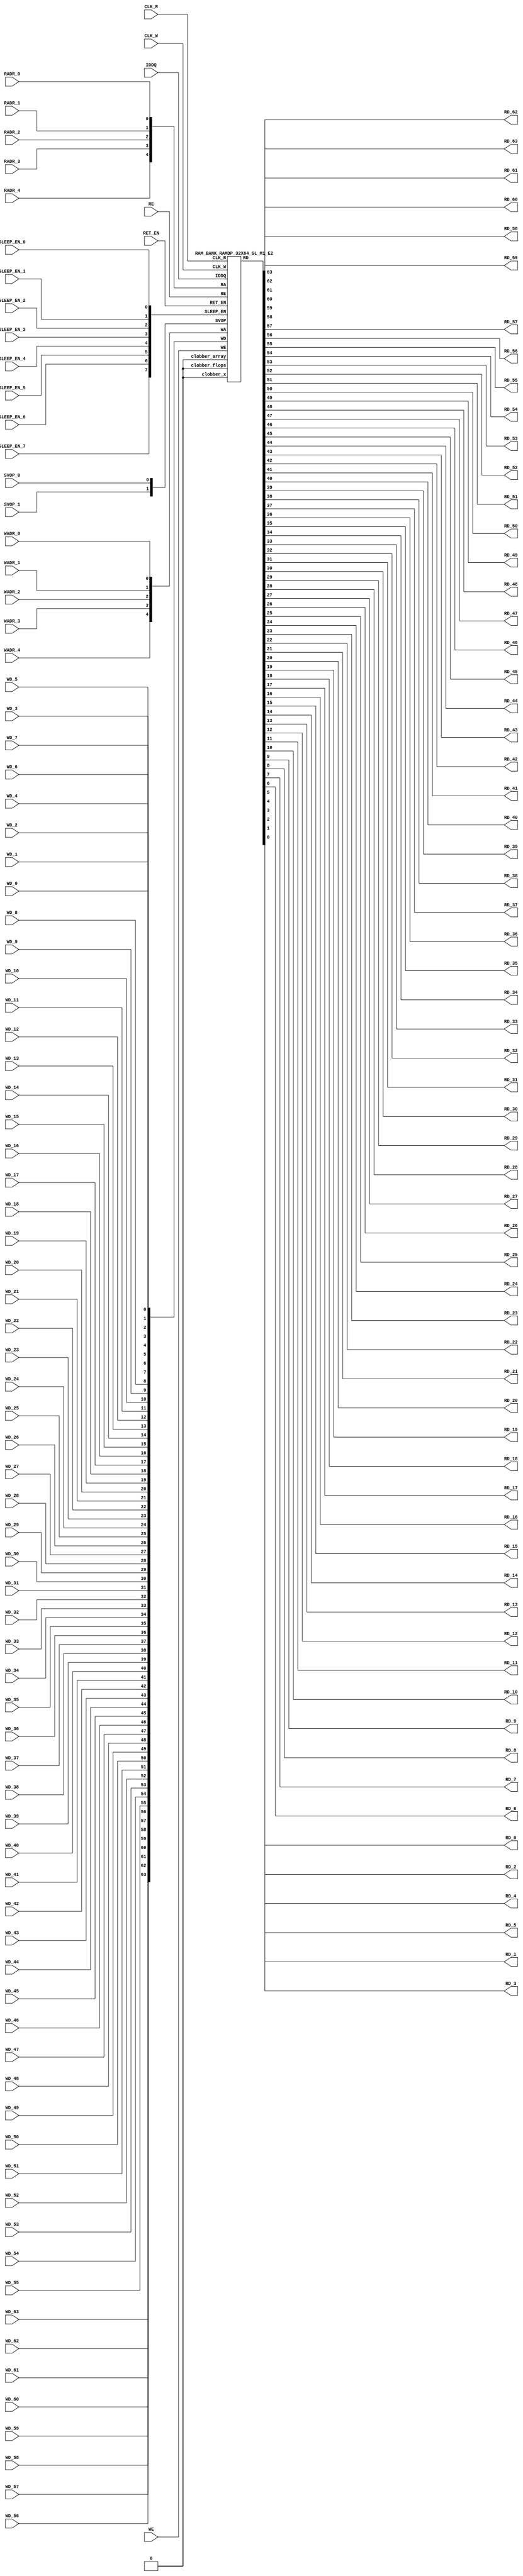
//RAM             : RAMDP_32X64_GL_M1_E2
//Technology      : TSMC16FFLR
//Compiler version: FINAL.1 - 2017-05-23.14:46:11

`timescale 10ps/1ps

`celldefine
module RAMDP_32X64_GL_M1_E2 (CLK_R, CLK_W, RE, WE
	, RADR_4, RADR_3, RADR_2, RADR_1, RADR_0
    , WADR_4, WADR_3, WADR_2, WADR_1, WADR_0
	, WD_63, WD_62, WD_61, WD_60, WD_59, WD_58, WD_57, WD_56, WD_55, WD_54, WD_53, WD_52, WD_51, WD_50, WD_49, WD_48, WD_47, WD_46, WD_45, WD_44, WD_43, WD_42, WD_41, WD_40, WD_39, WD_38, WD_37, WD_36, WD_35, WD_34, WD_33, WD_32, WD_31, WD_30, WD_29, WD_28, WD_27, WD_26, WD_25, WD_24, WD_23, WD_22, WD_21, WD_20, WD_19, WD_18, WD_17, WD_16, WD_15, WD_14, WD_13, WD_12, WD_11, WD_10, WD_9, WD_8, WD_7, WD_6, WD_5, WD_4, WD_3, WD_2, WD_1, WD_0
	, RD_63, RD_62, RD_61, RD_60, RD_59, RD_58, RD_57, RD_56, RD_55, RD_54, RD_53, RD_52, RD_51, RD_50, RD_49, RD_48, RD_47, RD_46, RD_45, RD_44, RD_43, RD_42, RD_41, RD_40, RD_39, RD_38, RD_37, RD_36, RD_35, RD_34, RD_33, RD_32, RD_31, RD_30, RD_29, RD_28, RD_27, RD_26, RD_25, RD_24, RD_23, RD_22, RD_21, RD_20, RD_19, RD_18, RD_17, RD_16, RD_15, RD_14, RD_13, RD_12, RD_11, RD_10, RD_9, RD_8, RD_7, RD_6, RD_5, RD_4, RD_3, RD_2, RD_1, RD_0
    
    , IDDQ
	, SVOP_1, SVOP_0
    , SLEEP_EN_7, SLEEP_EN_6, SLEEP_EN_5, SLEEP_EN_4, SLEEP_EN_3, SLEEP_EN_2, SLEEP_EN_1, SLEEP_EN_0, RET_EN
    
);

// nvProps NoBus SLEEP_EN_

`ifndef RAM_INTERFACE
`ifndef EMULATION
`ifndef SYNTHESIS
// Physical ram size defined as localparam
localparam phy_rows = 32;
localparam phy_cols = 64;
localparam phy_rcols_pos = 64'b0;
`endif //ndef SYNTHESIS
`endif //EMULATION
`endif //ndef RAM_INTERFACE

input CLK_R, CLK_W, RE, WE
	, RADR_4, RADR_3, RADR_2, RADR_1, RADR_0
    , WADR_4, WADR_3, WADR_2, WADR_1, WADR_0
	, WD_63, WD_62, WD_61, WD_60, WD_59, WD_58, WD_57, WD_56, WD_55, WD_54, WD_53, WD_52, WD_51, WD_50, WD_49, WD_48, WD_47, WD_46, WD_45, WD_44, WD_43, WD_42, WD_41, WD_40, WD_39, WD_38, WD_37, WD_36, WD_35, WD_34, WD_33, WD_32, WD_31, WD_30, WD_29, WD_28, WD_27, WD_26, WD_25, WD_24, WD_23, WD_22, WD_21, WD_20, WD_19, WD_18, WD_17, WD_16, WD_15, WD_14, WD_13, WD_12, WD_11, WD_10, WD_9, WD_8, WD_7, WD_6, WD_5, WD_4, WD_3, WD_2, WD_1, WD_0
    
    , SLEEP_EN_7, SLEEP_EN_6, SLEEP_EN_5, SLEEP_EN_4, SLEEP_EN_3, SLEEP_EN_2, SLEEP_EN_1, SLEEP_EN_0, RET_EN
    , IDDQ
    
	, SVOP_1, SVOP_0;
output RD_63, RD_62, RD_61, RD_60, RD_59, RD_58, RD_57, RD_56, RD_55, RD_54, RD_53, RD_52, RD_51, RD_50, RD_49, RD_48, RD_47, RD_46, RD_45, RD_44, RD_43, RD_42, RD_41, RD_40, RD_39, RD_38, RD_37, RD_36, RD_35, RD_34, RD_33, RD_32, RD_31, RD_30, RD_29, RD_28, RD_27, RD_26, RD_25, RD_24, RD_23, RD_22, RD_21, RD_20, RD_19, RD_18, RD_17, RD_16, RD_15, RD_14, RD_13, RD_12, RD_11, RD_10, RD_9, RD_8, RD_7, RD_6, RD_5, RD_4, RD_3, RD_2, RD_1, RD_0;

	
`ifndef RAM_INTERFACE
	//assemble & rename wires
	wire [4:0] RA = {RADR_4, RADR_3, RADR_2, RADR_1, RADR_0};
	wire [4:0] WA = {WADR_4, WADR_3, WADR_2, WADR_1, WADR_0};
	wire [63:0] WD = {WD_63, WD_62, WD_61, WD_60, WD_59, WD_58, WD_57, WD_56, WD_55, WD_54, WD_53, WD_52, WD_51, WD_50, WD_49, WD_48, WD_47, WD_46, WD_45, WD_44, WD_43, WD_42, WD_41, WD_40, WD_39, WD_38, WD_37, WD_36, WD_35, WD_34, WD_33, WD_32, WD_31, WD_30, WD_29, WD_28, WD_27, WD_26, WD_25, WD_24, WD_23, WD_22, WD_21, WD_20, WD_19, WD_18, WD_17, WD_16, WD_15, WD_14, WD_13, WD_12, WD_11, WD_10, WD_9, WD_8, WD_7, WD_6, WD_5, WD_4, WD_3, WD_2, WD_1, WD_0};

	wire [63:0] RD;
	assign {RD_63, RD_62, RD_61, RD_60, RD_59, RD_58, RD_57, RD_56, RD_55, RD_54, RD_53, RD_52, RD_51, RD_50, RD_49, RD_48, RD_47, RD_46, RD_45, RD_44, RD_43, RD_42, RD_41, RD_40, RD_39, RD_38, RD_37, RD_36, RD_35, RD_34, RD_33, RD_32, RD_31, RD_30, RD_29, RD_28, RD_27, RD_26, RD_25, RD_24, RD_23, RD_22, RD_21, RD_20, RD_19, RD_18, RD_17, RD_16, RD_15, RD_14, RD_13, RD_12, RD_11, RD_10, RD_9, RD_8, RD_7, RD_6, RD_5, RD_4, RD_3, RD_2, RD_1, RD_0} = RD;
	wire [1:0] SVOP = {SVOP_1, SVOP_0};
    wire [7:0] SLEEP_EN = {SLEEP_EN_7, SLEEP_EN_6, SLEEP_EN_5, SLEEP_EN_4, SLEEP_EN_3, SLEEP_EN_2, SLEEP_EN_1, SLEEP_EN_0};
    

`ifndef EMULATION
`ifndef SYNTHESIS

    //State point clobering signals:
    wire check_x = (SVOP_0 ^ SVOP_1);
    wire clobber_x;
    assign clobber_x = ((check_x === 1'bx) || (check_x === 1'bz)) ? 1'b1 : 1'b0;
    wire clobber_array = ((|SLEEP_EN) & ~RET_EN) | clobber_x;
    wire clobber_flops = (|SLEEP_EN) | clobber_x;
    integer i;
    always  @(clobber_array) begin
      if (clobber_array) begin
    		for (i=0; i<32; i=i+1) begin
    		    ITOP.io.array[i] <= 64'bx;
    		end
      end
    end

//VCS coverage off     
    always  @(clobber_flops) begin
        if (clobber_flops) begin
        ITOP.we_lat <= 1'bx;
        ITOP.wa_lat <= 5'bx;
        ITOP.wd_lat <= 64'bx;
        
        ITOP.re_lat <= 1'bx;
        ITOP.ra_lat <= 5'bx;
        ITOP.io.r0_dout_tmp <= 64'b0;
        end
    end
//VCS coverage on    

//VCS coverage off
`ifdef NV_RAM_ASSERT
    //first reset signal for nv_assert_module:
    reg sim_reset;                                                     
    initial begin: init_sim_reset
        sim_reset = 0;  
        #6 sim_reset = 1;
    end

    reg rst_clk;                                                     
    initial begin: init_rst_clk
        rst_clk = 0; 
        #2 rst_clk = 1; 
        #4 rst_clk = 0;  
    end

    //internal weclk|reclk gating signal:
    wire weclk_gating = ITOP.we_lat & ~IDDQ;
    wire reclk_gating = ITOP.re_lat & ~IDDQ;

  //Assertion checks for power sequence of G-option RAMDP:

    //weclk_gating after 2 clk
    reg weclk_gating_1p, weclk_gating_2p;
    always @(posedge CLK_W) begin
        weclk_gating_1p <= weclk_gating;
        weclk_gating_2p <= weclk_gating_1p;
    end

    //reclk_gating after 2 clk
    reg reclk_gating_1p, reclk_gating_2p;
    always @(posedge CLK_R) begin
        reclk_gating_1p <= reclk_gating;
        reclk_gating_2p <= reclk_gating_1p;
    end
    
    //RET_EN off after 2 CLK_W
    reg ret_en_w_1p, ret_en_w_2p;
    always @(posedge CLK_W or posedge RET_EN) begin
        if(RET_EN) 
            begin
                ret_en_w_1p <= 1'b1;
                ret_en_w_2p <= 1'b1;
            end
        else
            begin
                ret_en_w_1p <= RET_EN;
                ret_en_w_2p <= ret_en_w_1p;
            end
    end

    //RET_EN off after 2 CLK_R
    reg ret_en_r_1p, ret_en_r_2p;
    always @(posedge CLK_R or posedge RET_EN) begin
        if(RET_EN) 
            begin
                ret_en_r_1p <= 1'b1;
                ret_en_r_2p <= 1'b1;
            end
        else
            begin
                ret_en_r_1p <= RET_EN;
                ret_en_r_2p <= ret_en_r_1p;
            end
    end

    wire sleep_en_or = (|SLEEP_EN) ;
    //SLEEP_EN off after 2 CLK_W
    reg sleep_en_off_w_1p, sleep_en_off_w_2p;
    always @(posedge CLK_W or posedge sleep_en_or) begin
        if(sleep_en_or)
            begin
                sleep_en_off_w_1p <= 1'b1;
                sleep_en_off_w_2p <= 1'b1;
            end
        else
            begin
                sleep_en_off_w_1p <= sleep_en_or;
                sleep_en_off_w_2p <= sleep_en_off_w_1p;
            end            
    end

    //SLEEP_EN off after 2 CLK_R
    reg sleep_en_off_r_1p, sleep_en_off_r_2p;
    always @(posedge CLK_R or posedge sleep_en_or) begin
        if(sleep_en_or)
            begin
                sleep_en_off_r_1p <= 1'b1;
                sleep_en_off_r_2p <= 1'b1;
            end
        else
            begin
                sleep_en_off_r_1p <= |sleep_en_or;
                sleep_en_off_r_2p <= sleep_en_off_r_1p;
            end            
    end    


  //#1 From function mode to retention mode:
    
    //Power-S1.1:illegal assert RET_EN after asserting SLEEP_EN 
    wire disable_power_assertion_S1P1 = $test$plusargs("disable_power_assertions_globally") | $test$plusargs("disable_power_assertion_assert_RET_EN_after_SLEEP_EN_on_when_function2retention");
    nv_assert_never #(0,0, "Power-S1.1:illegal assert RET_EN after asserting SLEEP_EN") inst_S1P1 (RET_EN ^ rst_clk, ~disable_power_assertion_S1P1 & sim_reset, (|SLEEP_EN));

    //Power-S1.2:illegal assert RET_EN without 2 nop-CLK
    wire disable_power_assertion_S1P2 = $test$plusargs("disable_power_assertions_globally") | $test$plusargs("disable_power_assertion_assert_RET_EN_without_2_nop_CLK");
    nv_assert_never #(0,0, "Power-S1.2:illegal assert RET_EN without 2 nop-CLK") inst_S1P2 (RET_EN ^ rst_clk, ~disable_power_assertion_S1P2 & sim_reset, weclk_gating | weclk_gating_1p | weclk_gating_2p | reclk_gating | reclk_gating_1p | reclk_gating_2p);

  //#2 From retention mode to function mode:

    //Power-S2.1:illegal write without 2 nop-CLK after de-asserting RET_EN
    wire disable_power_assertion_S2P1 = $test$plusargs("disable_power_assertions_globally") | $test$plusargs("disable_power_assertion_write_without_2_nop_CLK_after_retention2function");
    nv_assert_never #(0,0, "Power-S2.1:illegal write without 2 nop-CLK after de-asserting RET_EN") inst_S2P1 (CLK_W ^ rst_clk, ~disable_power_assertion_S2P1 & sim_reset, ~RET_EN & ret_en_w_2p & weclk_gating);

    //Power-S2.2:illegal read without 2 nop-CLK after de-asserting RET_EN
    wire disable_power_assertion_S2P2 = $test$plusargs("disable_power_assertions_globally") | $test$plusargs("disable_power_assertion_read_without_2_nop_CLK_after_retention2function");
    nv_assert_never #(0,0, "Power-S2.2:illegal read without 2 nop-CLK after de-asserting RET_EN") inst_S2P2 (CLK_R ^ rst_clk, ~disable_power_assertion_S2P2 & sim_reset, ~RET_EN & ret_en_r_2p & reclk_gating);

  //#3 From function mode to sleep mode:

    //Power-S3.2:illegal assert SLEEP_EN without 2 nop-CLK
    wire disable_power_assertion_S3P2 = $test$plusargs("disable_power_assertions_globally") | $test$plusargs("disable_power_assertion_assert_SLEEP_EN_without_2_nop_CLK");
    nv_assert_never #(0,0, "Power-S3.2:illegal assert SLEEP_EN without 2 nop-CLK") inst_S3P2 ((|SLEEP_EN) ^ rst_clk, ~disable_power_assertion_S3P2 & sim_reset, weclk_gating | weclk_gating_1p | weclk_gating_2p | reclk_gating | reclk_gating_1p | reclk_gating_2p);

  //#4 From sleep mode to function mode:

    //Power-S4.1:illegal write without 2 nop-CLK after switching from sleep mode to function mode
    wire disable_power_assertion_S4P1 = $test$plusargs("disable_power_assertions_globally") | $test$plusargs("disable_power_assertion_write_without_2_nop_CLK_after_sleep2function");
    nv_assert_never #(0,0, "Power-S4.1:illegal write without 2 nop-CLK after switching from sleep mode to function mode") inst_S4P1 (CLK_W ^ rst_clk, ~disable_power_assertion_S4P1 & sim_reset, ~(|SLEEP_EN) & sleep_en_off_w_2p & weclk_gating);
   
    //Power-S4.2:illegal read without 2 nop-CLK after switching from sleep mode to function mode
    wire disable_power_assertion_S4P2 = $test$plusargs("disable_power_assertions_globally") | $test$plusargs("disable_power_assertion_read_without_2_nop_after_sleep2function");
    nv_assert_never #(0,0, "Power-S4.2:illegal read without 2 nop-CLK after switching from sleep mode to function mode") inst_S4P2 (CLK_R ^ rst_clk, ~disable_power_assertion_S4P2 & sim_reset, ~(|SLEEP_EN) & sleep_en_off_r_2p & reclk_gating);
`endif //NV_RAM_ASSERT
//VCS coverage on 

`ifdef NV_RAM_EXPAND_ARRAY
  wire [64-1:0] Q_31 = ITOP.io.array[31];
  wire [64-1:0] Q_30 = ITOP.io.array[30];
  wire [64-1:0] Q_29 = ITOP.io.array[29];
  wire [64-1:0] Q_28 = ITOP.io.array[28];
  wire [64-1:0] Q_27 = ITOP.io.array[27];
  wire [64-1:0] Q_26 = ITOP.io.array[26];
  wire [64-1:0] Q_25 = ITOP.io.array[25];
  wire [64-1:0] Q_24 = ITOP.io.array[24];
  wire [64-1:0] Q_23 = ITOP.io.array[23];
  wire [64-1:0] Q_22 = ITOP.io.array[22];
  wire [64-1:0] Q_21 = ITOP.io.array[21];
  wire [64-1:0] Q_20 = ITOP.io.array[20];
  wire [64-1:0] Q_19 = ITOP.io.array[19];
  wire [64-1:0] Q_18 = ITOP.io.array[18];
  wire [64-1:0] Q_17 = ITOP.io.array[17];
  wire [64-1:0] Q_16 = ITOP.io.array[16];
  wire [64-1:0] Q_15 = ITOP.io.array[15];
  wire [64-1:0] Q_14 = ITOP.io.array[14];
  wire [64-1:0] Q_13 = ITOP.io.array[13];
  wire [64-1:0] Q_12 = ITOP.io.array[12];
  wire [64-1:0] Q_11 = ITOP.io.array[11];
  wire [64-1:0] Q_10 = ITOP.io.array[10];
  wire [64-1:0] Q_9 = ITOP.io.array[9];
  wire [64-1:0] Q_8 = ITOP.io.array[8];
  wire [64-1:0] Q_7 = ITOP.io.array[7];
  wire [64-1:0] Q_6 = ITOP.io.array[6];
  wire [64-1:0] Q_5 = ITOP.io.array[5];
  wire [64-1:0] Q_4 = ITOP.io.array[4];
  wire [64-1:0] Q_3 = ITOP.io.array[3];
  wire [64-1:0] Q_2 = ITOP.io.array[2];
  wire [64-1:0] Q_1 = ITOP.io.array[1];
  wire [64-1:0] Q_0 = ITOP.io.array[0];

`endif //def NV_RAM_EXPAND_ARRAY

//VCS coverage off
`ifdef MONITOR
task monitor_on;
    begin
        ITOP.io.monitor_on = 1'b1;
    end
endtask

task monitor_off;
    begin
        ITOP.io.monitor_on = 1'b0;
        ITOP.io.dump_monitor_result = 1'b1;
    end
endtask
`endif//def MONITOR
//VCS coverage on

//VCS coverage off
task mem_fill_value;
input fill_bit;
integer i;
begin
    for (i=0; i<32; i=i+1) begin
    	ITOP.io.array[i] = {64{fill_bit}};
    end
end
endtask 

task mem_fill_random; 
integer i;
integer j;
reg [63:0] val;
begin
    for (j=0; j<32; j=j+1) begin
        for (i=0; i<64; i=i+1) begin
            val[i] = {$random}; 
        end
	    ITOP.io.array[j] = val;
    end
end
endtask

task mem_write;
  input [4:0] addr;
  input [63:0] data;
  begin
     ITOP.io.mem_wr_raw(addr,data);
  end
endtask

function [63:0] mem_read;
  input [4:0] addr;
  begin
	mem_read = ITOP.io.mem_read_raw(addr);
  end
endfunction

task force_rd;
  input [4:0] addr;
  begin
	ITOP.io.r0_dout_tmp = ITOP.io.array[addr];
  end
endtask

`ifdef MEM_PHYS_INFO
task mem_phys_write;
  input [4:0] addr;
  input [63:0] data;
  begin
     ITOP.io.mem_wr_raw(addr,data);
  end
endtask

function [63:0] mem_phys_read_padr;
  input [4:0] addr;
  begin
	mem_phys_read_padr = ITOP.io.mem_read_raw(addr);
  end
endfunction

function [4:0] mem_log_to_phys_adr;
    input [4:0] addr;
    begin
    mem_log_to_phys_adr = addr;
    end
endfunction

function [63:0] mem_phys_read_pmasked;
  input [4:0] addr;
  begin
	mem_phys_read_pmasked = ITOP.io.mem_read_raw(addr);
  end
endfunction

function [63:0] mem_phys_read_ladr;
  input [4:0] addr;
  begin
	mem_phys_read_ladr = mem_phys_read_padr(mem_log_to_phys_adr(addr));
  end
endfunction
`endif //def MEM_PHYS_INFO

`ifdef FAULT_INJECTION
task mem_fault_no_write;
  input [63:0] fault_mask;
   begin
    ITOP.io.mem_fault_no_write(fault_mask);
  end
endtask

task mem_fault_stuck_0;
  input [63:0] fault_mask;
  integer i;
   begin
    ITOP.io.mem_fault_stuck_0(fault_mask);
   end
endtask

task mem_fault_stuck_1;
  input [63:0] fault_mask;
  integer i;
   begin
    ITOP.io.mem_fault_stuck_1(fault_mask);
  end
endtask

task set_bit_fault_stuck_0;
  input r;
  input c;
  integer r;
  integer c;
    ITOP.io.set_bit_fault_stuck_0(r,c);
endtask

task set_bit_fault_stuck_1;
  input r;
  input c;
  integer r;
  integer c;
    ITOP.io.set_bit_fault_stuck_1(r,c);
endtask

task clear_bit_fault_stuck_0;
  input r;
  input c;
  integer r;
  integer c;
    ITOP.io.clear_bit_fault_stuck_0(r,c);
endtask

task clear_bit_fault_stuck_1;
  input r;
  input c;
  integer r;
  integer c;
    ITOP.io.clear_bit_fault_stuck_1(r,c);
endtask
//VCS coverage on

`endif //def FAULT_INJECTION
`else //def SYNTHESIS
    
    wire clobber_x;
    assign clobber_x = 1'b0;
    wire clobber_array = 1'b0;
    wire clobber_flops = 1'b0;

`endif //ndef SYNTHESIS

	//instantiate memory bank
	RAM_BANK_RAMDP_32X64_GL_M1_E2 ITOP (
		.RE(RE), 
		.WE(WE), 
		.RA(RA),  
		.WA(WA), 
		.CLK_R(CLK_R), 
		.CLK_W(CLK_W), 
		.IDDQ(IDDQ), 
		.SVOP(SVOP), 
		.WD(WD), 
		.RD(RD),
		
		.SLEEP_EN(SLEEP_EN),
        .RET_EN(RET_EN),
        .clobber_flops(clobber_flops), 
        .clobber_array(clobber_array),
        .clobber_x(clobber_x)     	
	);

//VCS coverage off
`else //def EMULATION
    // Simple emulation model without MBIST, SCAN or REDUNDANCY
    	//common part for write
    	reg we_ff;
        reg [4:0] wa_ff;
        reg [63:0] wd_ff; 
    	always @(posedge CLK_W) begin // spyglass disable W391
                we_ff  <= WE;
                wa_ff <= WA;
                wd_ff <= WD;
    	end
    	   
        

    	//common part for read
    	reg re_lat;
        always @(*) begin
    		if (!CLK_R) begin
                re_lat  <= RE; // spyglass disable W18
    		end
    	end
    	
    	wire reclk = CLK_R & re_lat;
    
    	reg [4:0] ra_ff;
    	always @(posedge CLK_R) begin // spyglass disable W391
    			ra_ff <= RA;
    	end

        reg [63:0] dout; 

        assign RD = dout;
    
 	    //memory array       
	    reg [63:0] array[0:31]; 
	    always @(negedge CLK_W ) begin
            if (we_ff) begin
	    		array[wa_ff] <= wd_ff; // spyglass disable SYNTH_5130
            end
	    end
	    always @(*) begin
	    	if (reclk) begin
	    		dout <= array[ra_ff]; // spyglass disable SYNTH_5130, W18
	    	end
	    end
    // End of the simple emulation model
`endif //def EMULATION
//VCS coverage on

`endif //ndef RAM_INTERFACE
endmodule
`endcelldefine






/////////////////////////////////////////////////////////////////////////////////////////////////////////////////////////////////
/////////////////////////////// memory bank block : defines internal logic of the RAMDP /////////////////////////////////////////
/////////////////////////////////////////////////////////////////////////////////////////////////////////////////////////////////

`ifndef RAM_INTERFACE
`ifndef EMULATION
module RAM_BANK_RAMDP_32X64_GL_M1_E2 (RE, WE, RA, WA, CLK_R, CLK_W, IDDQ, SVOP, WD, RD, SLEEP_EN, RET_EN, clobber_flops, clobber_array, clobber_x
);


input RET_EN;
input RE, WE, CLK_R, CLK_W, IDDQ;
input [4:0] RA, WA;
input [63:0] WD;
input [1:0] SVOP;
input [7:0] SLEEP_EN;
input clobber_flops, clobber_array, clobber_x;
output [63:0] RD;

//State point clobering signals:

    wire output_valid = ~(clobber_x | (|SLEEP_EN));
    wire clamp_o = SLEEP_EN[7] | RET_EN;

	//common part for write
    wire clk_w_iddq = CLK_W & ~IDDQ & ~clamp_o;
	reg we_lat;
	always @(*) begin
		if (!clk_w_iddq & !clobber_flops) begin
			we_lat  <=  WE; // spyglass disable W18, IntClock
		end
	end

    // weclk with posedge 1 dly | negedge 2 dly	
    wire weclk, weclk_d0, weclk_d1, weclk_d2;
    assign weclk_d0 = clk_w_iddq & we_lat & ~clobber_flops & ~clobber_array;
    assign #1 weclk_d1 = weclk_d0;
    assign #1 weclk_d2 = weclk_d1;
    assign weclk = weclk_d1 | weclk_d2; // spyglass disable GatedClock

    // wadclk with posedge 0 dly | negedge 3 dly	
    wire wadclk, wadclk_d0, wadclk_d1, wadclk_d2, wadclk_d3;
    assign wadclk_d0 = clk_w_iddq & we_lat;
    assign #1 wadclk_d1 = wadclk_d0;
    assign #1 wadclk_d2 = wadclk_d1;
    assign #1 wadclk_d3 = wadclk_d2;
    assign wadclk = wadclk_d0 | wadclk_d1 | wadclk_d2 | wadclk_d3;  

    // wdclk with posedge 0 dly | negedge 3 dly
    wire wdclk, wdclk_d0, wdclk_d1, wdclk_d2, wdclk_d3;
    assign wdclk_d0 = clk_w_iddq & we_lat;
    assign #1 wdclk_d1 = wdclk_d0;
    assign #1 wdclk_d2 = wdclk_d1;
    assign #1 wdclk_d3 = wdclk_d2;
    assign wdclk = wdclk_d0 | wdclk_d1 | wdclk_d2 | wdclk_d3;  

    reg [4:0] wa_lat;
	always @(*) begin
		if (!wadclk & !clobber_flops) begin
			wa_lat  <=  WA; // spyglass disable W18, IntClock
		end
	end

	reg [63:0] wd_lat;
	always @(*) begin
		if (!wdclk & !clobber_flops) begin
			wd_lat  <= WD; // spyglass disable W18, IntClock
		end
	end

	//common part for read
	reg re_lat;
	always @(*) begin
		if (!CLK_R & !clobber_flops) begin
			re_lat <=  RE; // spyglass disable W18, IntClock
		end
	end

    // reclk with posedge 1 dly | negedge 0 dly
    wire reclk, reclk_d0, reclk_d1;
    assign reclk_d0 = CLK_R & ~IDDQ & re_lat & ~clamp_o;
    assign #1 reclk_d1 = reclk_d0;
    assign reclk = reclk_d0 & reclk_d1; // spyglass disable GatedClock

    // radclk with posedge 0 dly | negedge 1 dly
    wire radclk, radclk_d0, radclk_d1;
    assign radclk_d0 = CLK_R & ~IDDQ & re_lat & ~clamp_o;
    assign #1 radclk_d1 = radclk_d0;
    assign radclk = radclk_d0 | radclk_d1;  

	reg [4:0] ra_lat;
	always @(*) begin
		if (!radclk & !clobber_flops) begin
			ra_lat <=  RA; // spyglass disable W18, IntClock
		end
	end
	
	wire [63:0] dout;
	assign RD = clamp_o ? 64'b0 : (output_valid ? dout : 64'bx); //spyglass disable STARC-2.10.1.6


	//for E-option RAM


	vram_RAMDP_32X64_GL_M1_E2 # (32, 64, 5) io (
		.w0_addr(wa_lat),
		.w0_clk(weclk),
		.w0_bwe({64{1'b1}}),
		.w0_din(wd_lat),
		.r0_addr(ra_lat),
		.r0_clk(reclk),
		.r0_dout(dout),
        .clamp_o(clamp_o)
	);

endmodule
`endif //ndef EMULATION
`endif //ndef RAM_INTERFACE








/////////////////////////////////////////////////////////////////////////////////////////////////////////////////////////////////
///////////////////////////////  ram primitive : defines 2D behavioral memory array of the RAMDP ////////////////////////////////
/////////////////////////////////////////////////////////////////////////////////////////////////////////////////////////////////

`ifndef RAM_INTERFACE
`ifndef EMULATION
module vram_RAMDP_32X64_GL_M1_E2 (
	w0_addr,
	w0_clk,
	w0_bwe,
	w0_din,
	r0_addr,
	r0_clk,
	r0_dout,
    clamp_o
);

parameter words = 32;
parameter bits = 64;
parameter addrs = 5;


input [addrs-1:0] w0_addr;
input w0_clk;
input [bits-1:0] w0_din;
input [bits-1:0] w0_bwe;
input [addrs-1:0] r0_addr;
input r0_clk;
input clamp_o;
output [bits-1:0] r0_dout;

integer a;

`ifndef SYNTHESIS
`ifdef FAULT_INJECTION
	// regs for inducing faults
	reg [bits-1:0] fault_no_write; // block writes to this column
	reg [bits-1:0] fault_stuck_0;  // column always reads as 0
	reg [bits-1:0] fault_stuck_1;  // column always reads as 1
	reg [bits-1:0] bit_fault_stuck_0[0:words-1];  // column always reads as 0
	reg [bits-1:0] bit_fault_stuck_1[0:words-1];  // column always reads as 1
	
	initial begin : init_bit_fault_stuck
	  integer i;
	  integer j;
	  fault_no_write = {bits{1'b0}};
	  fault_stuck_0  = {bits{1'b0}};
	  fault_stuck_1  = {bits{1'b0}};
	  for (i=0; i<=words; i=i+1) begin
	      bit_fault_stuck_0[i] = {bits{1'b0}};
	      bit_fault_stuck_1[i] = {bits{1'b0}};
	  end
	end
`endif //def FAULT_INJECTION

`ifdef MONITOR
//VCS coverage off
// monitor variables
reg monitor_on;
reg dump_monitor_result;
// this monitors coverage including redundancy cols
// 1'bx = not accessed
// 1'b0 = accessed as a 0
// 1'b1 = accessed as a 1
// 1'bz = accessed as both 0 and 1
reg [bits-1:0] bit_written[0:words-1];
reg [bits-1:0] bit_read[0:words-1];

initial begin : init_monitor
  monitor_on = 1'b0; 
  dump_monitor_result = 1'b0;
  for(a=0;a<words;a=a+1) begin
      bit_written[a] = {bits{1'bx}};
      bit_read[a] = {bits{1'bx}};
  end
end

always @(dump_monitor_result) begin : dump_monitor
    integer r;
	integer c;
    integer b;
	reg [64-1:0] tmp_row;
    	if (dump_monitor_result == 1'b1) begin
		    $display("Exercised coverage summary:");
		    $display("\t%m bits not written as 0:");
		    for (r=0; r<32; r=r+1) begin
		        tmp_row = bit_written[r];
		    	for (c=0; c<64; c=c+1) begin
		    		if (tmp_row[c] !== 1'b0 && tmp_row[c] !== 1'bz) $display("\t\t[row,col] [%d,%d]", r, c);
		    	end
		    end
            $display("\t%m bits not written as 1:");
		    for (r=0; r<32; r=r+1) begin
		        tmp_row = bit_written[r];
		    	for (c=0; c<64; c=c+1) begin
		    		if (tmp_row[c] !== 1'b1 && tmp_row[c] !== 1'bz) $display("\t\t[row,col] [%d,%d]", r, c);
		    	end
		    end
		    $display("\t%m bits not read as 0:");
		    for (r=0; r<32; r=r+1) begin
		        tmp_row = bit_read[r];
		    	for (c=0; c<64; c=c+1) begin
		    		if (tmp_row[c] !== 1'b0 && tmp_row[c] !== 1'bz) $display("\t\t[row,col] [%d,%d]", r, c);
		    	end
		    end
		    $display("\t%m bits not read as 1:");
		    for (r=0; r<32; r=r+1) begin
		        tmp_row = bit_read[r];
		    	for (c=0; c<64; c=c+1) begin
		    		if (tmp_row[c] !== 1'b1 && tmp_row[c] !== 1'bz) $display("\t\t[row,col] [%d,%d]", r, c);
		    	end
		    end
        end
	dump_monitor_result = 1'b0;
end
//VCS coverage on
`endif //MONITOR
`endif //ndef SYNTHESIS
	
	//memory array
	reg [bits-1:0] array[0:words-1];  

// Bit write enable
`ifndef SYNTHESIS 
    `ifdef FAULT_INJECTION
        wire [bits-1:0] bwe_with_fault = w0_bwe & ~fault_no_write;
        wire [bits-1:0] re_with_fault = ~(bit_fault_stuck_1[r0_addr] | bit_fault_stuck_0[r0_addr]);
    `else
        wire [bits-1:0] bwe_with_fault = w0_bwe;
        wire [bits-1:0] re_with_fault = {bits{1'b1}};
    `endif //def FAULT_INJECTION
`else
    wire [bits-1:0] bwe_with_fault = w0_bwe;
`endif //SYNTHESIS

	//write function
    wire [bits-1:0] bitclk = {bits{w0_clk}} & bwe_with_fault;
    genvar idx;
    generate
        for (idx=0; idx<bits; idx=idx+1)
        begin : write
            always @(bitclk[idx] or w0_clk or w0_addr or w0_din[idx])
            begin
                if (bitclk[idx] && w0_clk)
                begin
                    array[w0_addr][idx] <= w0_din[idx]; // spyglass disable SYNTH_5130, W18
                    `ifndef SYNTHESIS
                    `ifdef MONITOR
//VCS coverage off
                    if (monitor_on) begin 
	    				case (bit_written[w0_addr][idx])
	    				    1'bx: bit_written[w0_addr][idx] = w0_din[idx];
	    				    1'b0: bit_written[w0_addr][idx] = w0_din[idx] == 1 ? 1'bz : 1'b0;
	    				    1'b1: bit_written[w0_addr][idx] = w0_din[idx] == 0 ? 1'bz : 1'b1;
	    				    1'bz: bit_written[w0_addr][idx] = 1'bz;
	    				endcase
                    end   
//VCS coverage on
                    `endif //MONITOR	    
                    `endif //SYNTHESIS	
                end
            end
        end
    endgenerate

	//read function
	wire [bits-1:0] r0_arr;
`ifndef SYNTHESIS
    `ifdef FAULT_INJECTION
	    assign r0_arr = (array[r0_addr] | bit_fault_stuck_1[r0_addr]) & ~bit_fault_stuck_0[r0_addr]; //read fault injection
    `else
	    assign r0_arr = array[r0_addr]; 
    `endif //def FAULT_INJECTION
`else
    assign r0_arr = array[r0_addr]; // spyglass disable SYNTH_5130
`endif //def SYNTHESIS


    wire r0_clk_d0p1, r0_clk_read, r0_clk_reset_collision;
    assign #0.1 r0_clk_d0p1 = r0_clk;
    assign r0_clk_read = r0_clk_d0p1 & r0_clk; // spyglass disable GatedClock
    assign r0_clk_reset_collision = r0_clk | r0_clk_d0p1; // spyglass disable W402b

`ifndef SYNTHESIS
`ifdef MONITOR
//VCS coverage off 
    always @(r0_clk_read) begin
        if (monitor_on) begin
            for (a=0; a<bits; a=a+1) begin
	            if (re_with_fault[a] && r0_clk_read) begin
	                case (bit_read[r0_addr][a])
			            1'bx: bit_read[r0_addr][a] = array[r0_addr][a];
				        1'b0: bit_read[r0_addr][a] = array[r0_addr][a] == 1 ? 1'bz : 1'b0;
				        1'b1: bit_read[r0_addr][a] = array[r0_addr][a] == 0 ? 1'bz : 1'b1;
				        1'bz: bit_read[r0_addr][a] = 1'bz;
		            endcase
	            end
	        end
        end
    end
//VCS coverage on
`endif //MONITOR
`endif //SYNTHESIS

	reg [bits-1:0] collision_ff;
    wire [bits-1:0] collision_ff_clk =  {bits{w0_clk}} & {bits{r0_clk_read}} & {bits{r0_addr==w0_addr}} & bwe_with_fault; //spyglass disable GatedClock
    genvar bw;
    generate
        for (bw=0; bw<bits; bw=bw+1) 
        begin : collision
	        always @(posedge collision_ff_clk[bw] or negedge r0_clk_reset_collision) begin
                if (!r0_clk_reset_collision) 
                    begin
                        collision_ff[bw] <= 1'b0;
                    end
                else
                    begin
                        collision_ff[bw] <= 1'b1;
                    end
            end
        end
    endgenerate

	reg [bits-1:0] r0_dout_tmp;
	always @(*)
	begin
	    if (r0_clk_read) begin
            for (a=0; a<bits; a=a+1) begin
                r0_dout_tmp[a] <= ( collision_ff[a] | (r0_addr==w0_addr & w0_clk & bwe_with_fault[a]) ) ? 1'bx : r0_arr[a] & ~clamp_o; //spyglass disable STARC-2.10.1.6, W18
            end
        end
    end
    wire [bits-1:0] r0_dout = r0_dout_tmp & {bits{~clamp_o}};

`ifndef SYNTHESIS
//VCS coverage off
task mem_wr_raw;
  input [addrs-1:0] addr;
  input [bits-1:0] data;
  begin
    array[addr] = data;
  end
endtask

function [bits-1:0] mem_read_raw;
input [addrs-1:0] addr;
	mem_read_raw = array[addr];
endfunction

`ifdef FAULT_INJECTION
// induce faults on columns
task mem_fault_no_write;
  input [bits-1:0] fault_mask;
   begin
    fault_no_write = fault_mask;
  end
endtask

task mem_fault_stuck_0;
  input [bits-1:0] fault_mask;
  integer i;
   begin
    for ( i=0; i<words; i=i+1 ) begin
      bit_fault_stuck_0[i] = fault_mask;
    end
  end
endtask

task mem_fault_stuck_1;
  input [bits-1:0] fault_mask;
  integer i;
   begin
    for ( i=0; i<words; i=i+1 ) begin
      bit_fault_stuck_1[i] = fault_mask;
    end
  end
endtask

task set_bit_fault_stuck_0;
  input r;
  input c;
  integer r;
  integer c;
  bit_fault_stuck_0[r][c] = 1;
endtask

task set_bit_fault_stuck_1;
  input r;
  input c;
  integer r;
  integer c;
  bit_fault_stuck_1[r][c] = 1;
endtask

task clear_bit_fault_stuck_0;
  input r;
  input c;
  integer r;
  integer c;
  bit_fault_stuck_0[r][c] = 0;
endtask

task clear_bit_fault_stuck_1;
  input r;
  input c;
  integer r;
  integer c;
  bit_fault_stuck_1[r][c] = 0;
endtask
//VCS coverage on
`endif //def FAULT_INJECTION
`endif //ndef SYNTHESIS

endmodule
`endif //ndef EMULATION
`endif //ndef RAM_INTERFACE